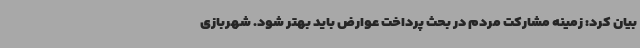
بیان کرد: زمینه مشارکت مردم در بحث پرداخت عوارض باید بهتر شود. شهربازی